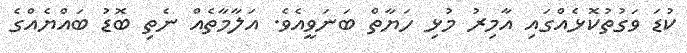
ކުޑަ ވަގުތުކޮޅެއްގައި އާމިރު މުޅި ހަޔާތް ބަނަވީއެވެ. އަލާމާތެއް ނެތި ބޮޑު ބައްޔެއްގެ